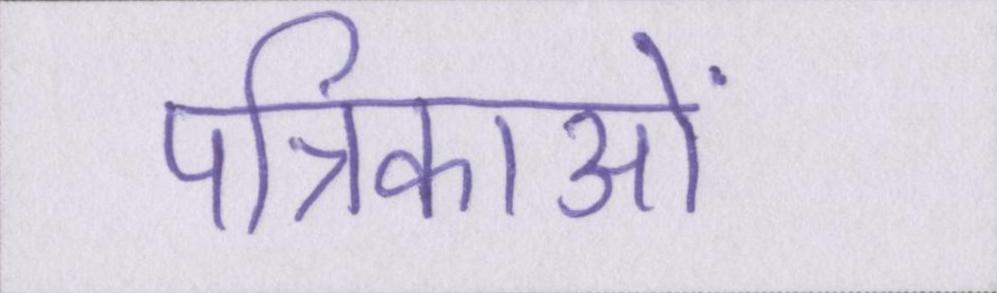
पत्रिकाओं